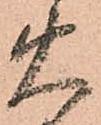
火